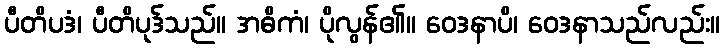
ပီတိပဒံ၊ ပီတိပုဒ်သည်။ အဓိကံ၊ ပိုလွန်၏။ ဝေဒနာပိ၊ ဝေဒနာသည်လည်း။